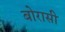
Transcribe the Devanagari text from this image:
बोरासी